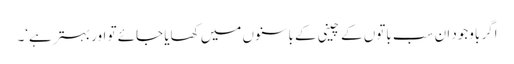
اگر باوجود ان سب باتوں کے چینی کے باسنوں میں کھایا جائے تو اور بہتر ہے‘۔